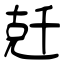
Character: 兛